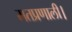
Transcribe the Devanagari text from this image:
मतप्रणाली।